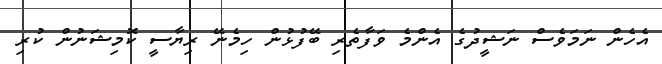
އެހެން ނަމަވެސް ނަޝީދުގެ އެންމެ ވަފާތެރި ބޭފުޅުން ހިމެނޭ ރިޔާސީ ކޮމިޝަނުން ކުރި